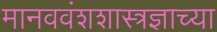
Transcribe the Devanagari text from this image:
मानववंशशास्त्रज्ञाच्या